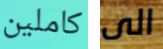
كاملين الى